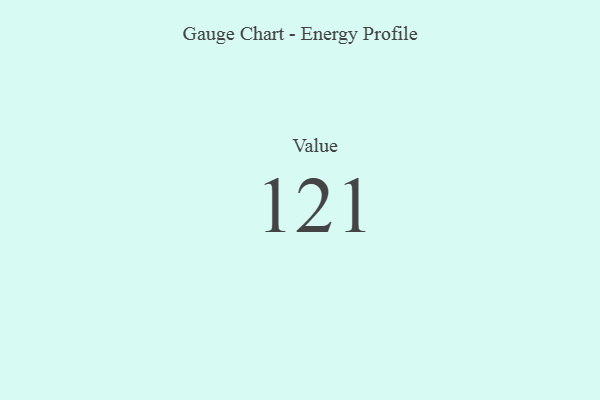
{"axis": {"x": "Metric", "y": "Value"}, "legend": [""], "data": [{"x": "Value", "y": 121, "type": ""}]}